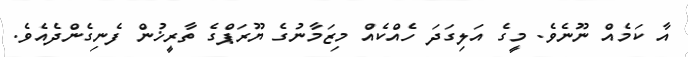
އާ ކަމެއް ނޫނެވެ. މީގެ އަލިގަދަ ހެއްކެއް މިޒަމާނުގެ ޔޫރަޕްގެ ތާރީޚުން ފެނިގެންދެއެވެ.